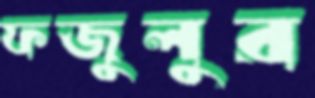
ফজুলুর